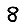
Digit: 8